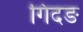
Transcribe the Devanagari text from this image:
गिंदङ